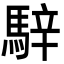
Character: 騂